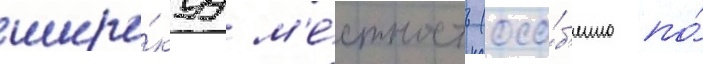
широ́куу м'е́стность (осо́б'енно по́